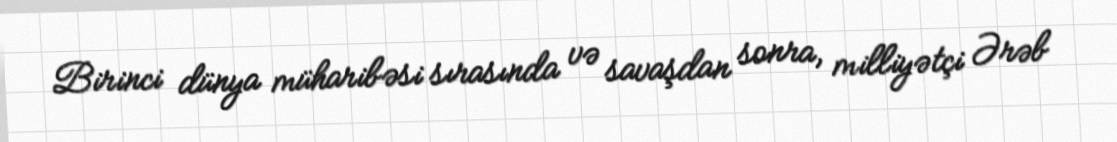
Birinci dünya müharibəsi sırasında və savaşdan sonra, milliyətçi Ərəb